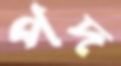
পদ